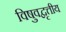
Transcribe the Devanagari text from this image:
विषुवद्वृत्तीय